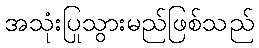
အသုံးပြုသွားမည်ဖြစ်သည်